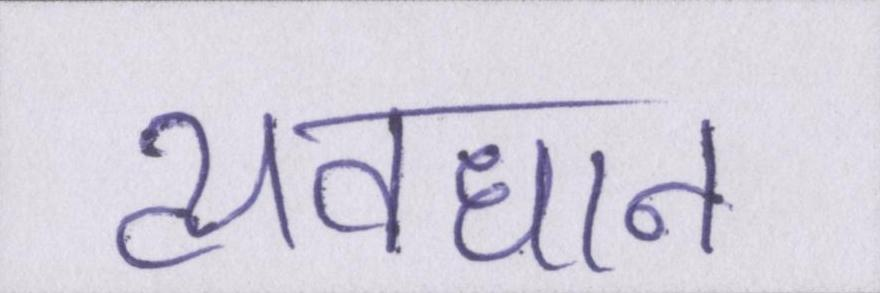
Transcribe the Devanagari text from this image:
व्यवधान